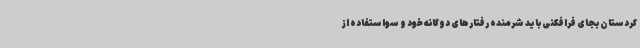
کردستان بجای فرافکنی باید شرمنده رفتارهای دوگانه خود و سواستفاده از